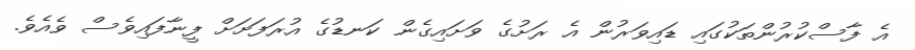
އެ ފާސްކުރުންތަކުގައި ޑައިވަރުން އެ ރަށުގެ ވަށައިގެން ކަނޑުގެ އުރަފަށަށް ފީނާފައިވެސް ވެއެވެ.